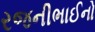
રજનીભાઈનો